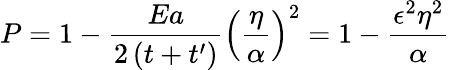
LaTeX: P=1-\frac{Ea}{2\left(t+t^{\prime}\right)}\left(\frac{\eta}{\alpha}\right)^{2}=1-\frac{\epsilon^{2}\eta^{2}}{\alpha}